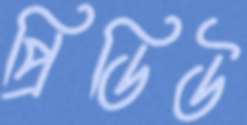
প্রিডিউ